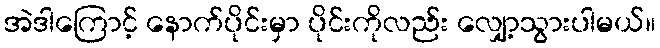
အဲဒါကြောင့် နောက်ပိုင်းမှာ ပိုင်းကိုလည်း လျှော့သွားပါမယ်။